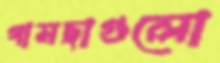
গামছাগুলো